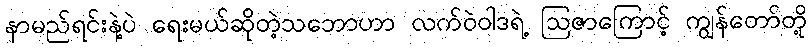
နာမည်ရင်းနဲ့ပဲ ရေးမယ်ဆိုတဲ့သဘောဟာ လက်ဝဲဝါဒရဲ့ ဩဇာကြောင့် ကျွန်တော်တို့